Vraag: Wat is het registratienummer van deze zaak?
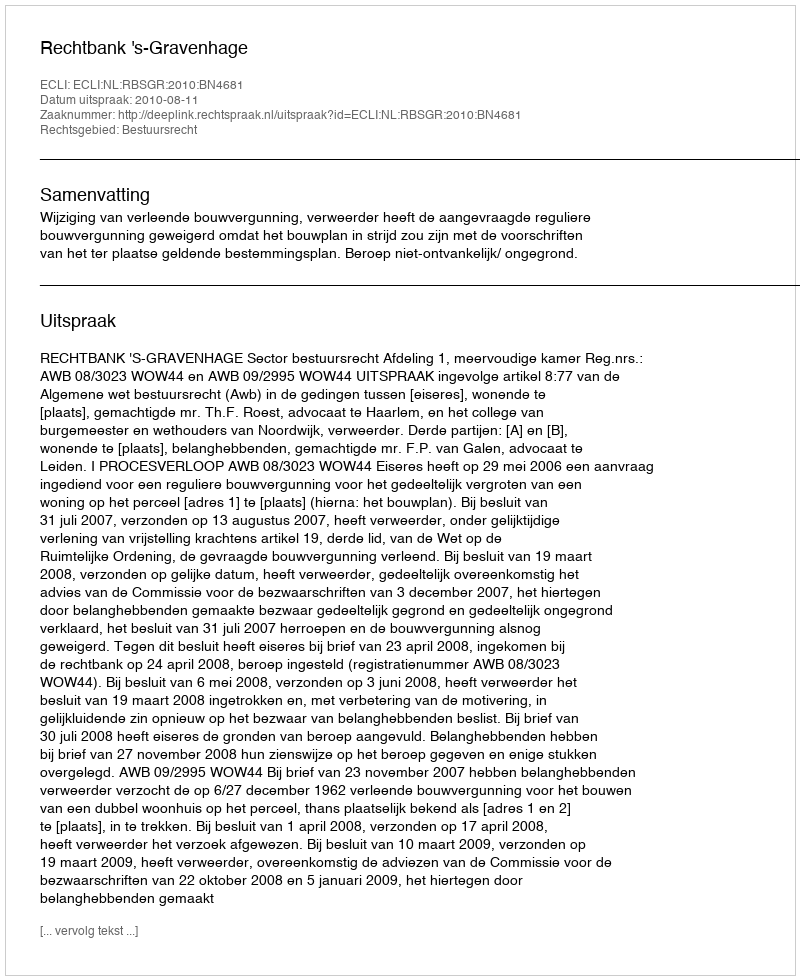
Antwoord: http://deeplink.rechtspraak.nl/uitspraak?id=ECLI:NL:RBSGR:2010:BN4681